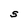
Character: S